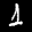
Label: 1